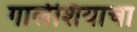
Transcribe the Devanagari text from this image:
गालेशियाचा